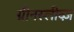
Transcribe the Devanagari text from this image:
ग्रीनस्लीव्ज़